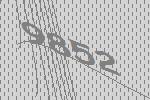
9852